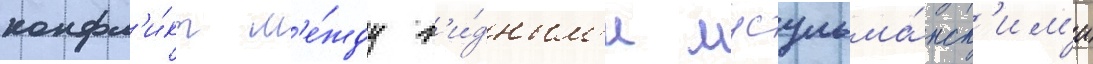
конфл'и́кт м'е́жду в'и́дным'и мусульма́нск'им'и